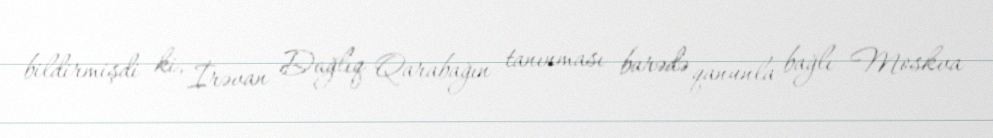
bildirmişdi ki, İrəvan Dağlıq Qarabağın tanınması barədə qanunla bağlı Moskva